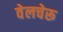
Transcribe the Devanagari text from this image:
वेलचेरू